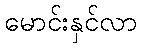
မောင်းနှင်လာ